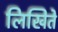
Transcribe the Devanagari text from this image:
लिखिते